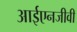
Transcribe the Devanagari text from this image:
आईएनजीवी